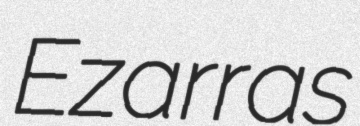
Ezarras